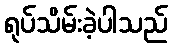
ရုပ်သိမ်းခဲ့ပါသည်